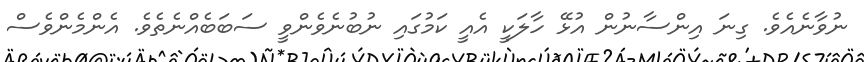
ނުވާނެއެވެ. ގިނަ އިންސާނުން އުޅޭ ހާލަކީ އެއީ ކަމުގައި ނުބުނެވެންވީ ސަބަބެއްނެތެވެ. އެންމެންވެސް